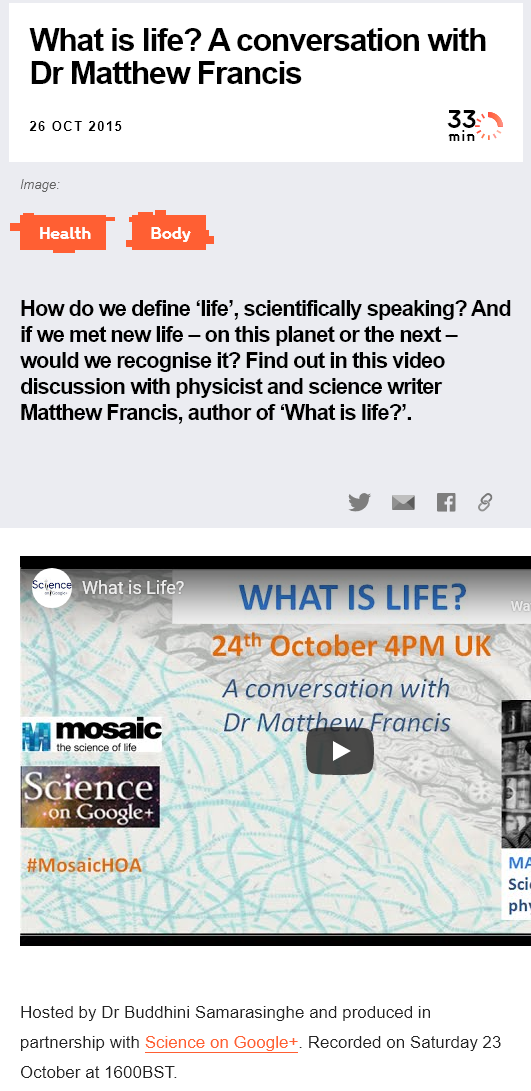
What   is   life?  A   conversation    with
    Dr  Matthew    Francis
    26 OCT 2015
     clay    ete]
   Image:
   How  do we define ‘life’, scientifically speaking? And
   if we met new life
     — on this planet or the next
     —
   would  we  recognise it? Find out in this video
   discussion with  physicist and  science writer
   Matthew  Francis, author  of ‘What is life?’.
   Hosted by Dr Buddhini Samarasinghe and produced in
   partnership with Science on Google+. Recorded on Saturday 23,
   October at 1600BST.
     What is Life2
     mosaic
     MH the science of ite
   #MosaicHOA

     WHAT    IS    LIFE?
     24"   October    4PM    UK
     A  conversation    with.
   ay  mosaic    Dr
     “oe
     the science ote
     srence
     f
     ie Sores
     ;

   #MosaicHOA    M